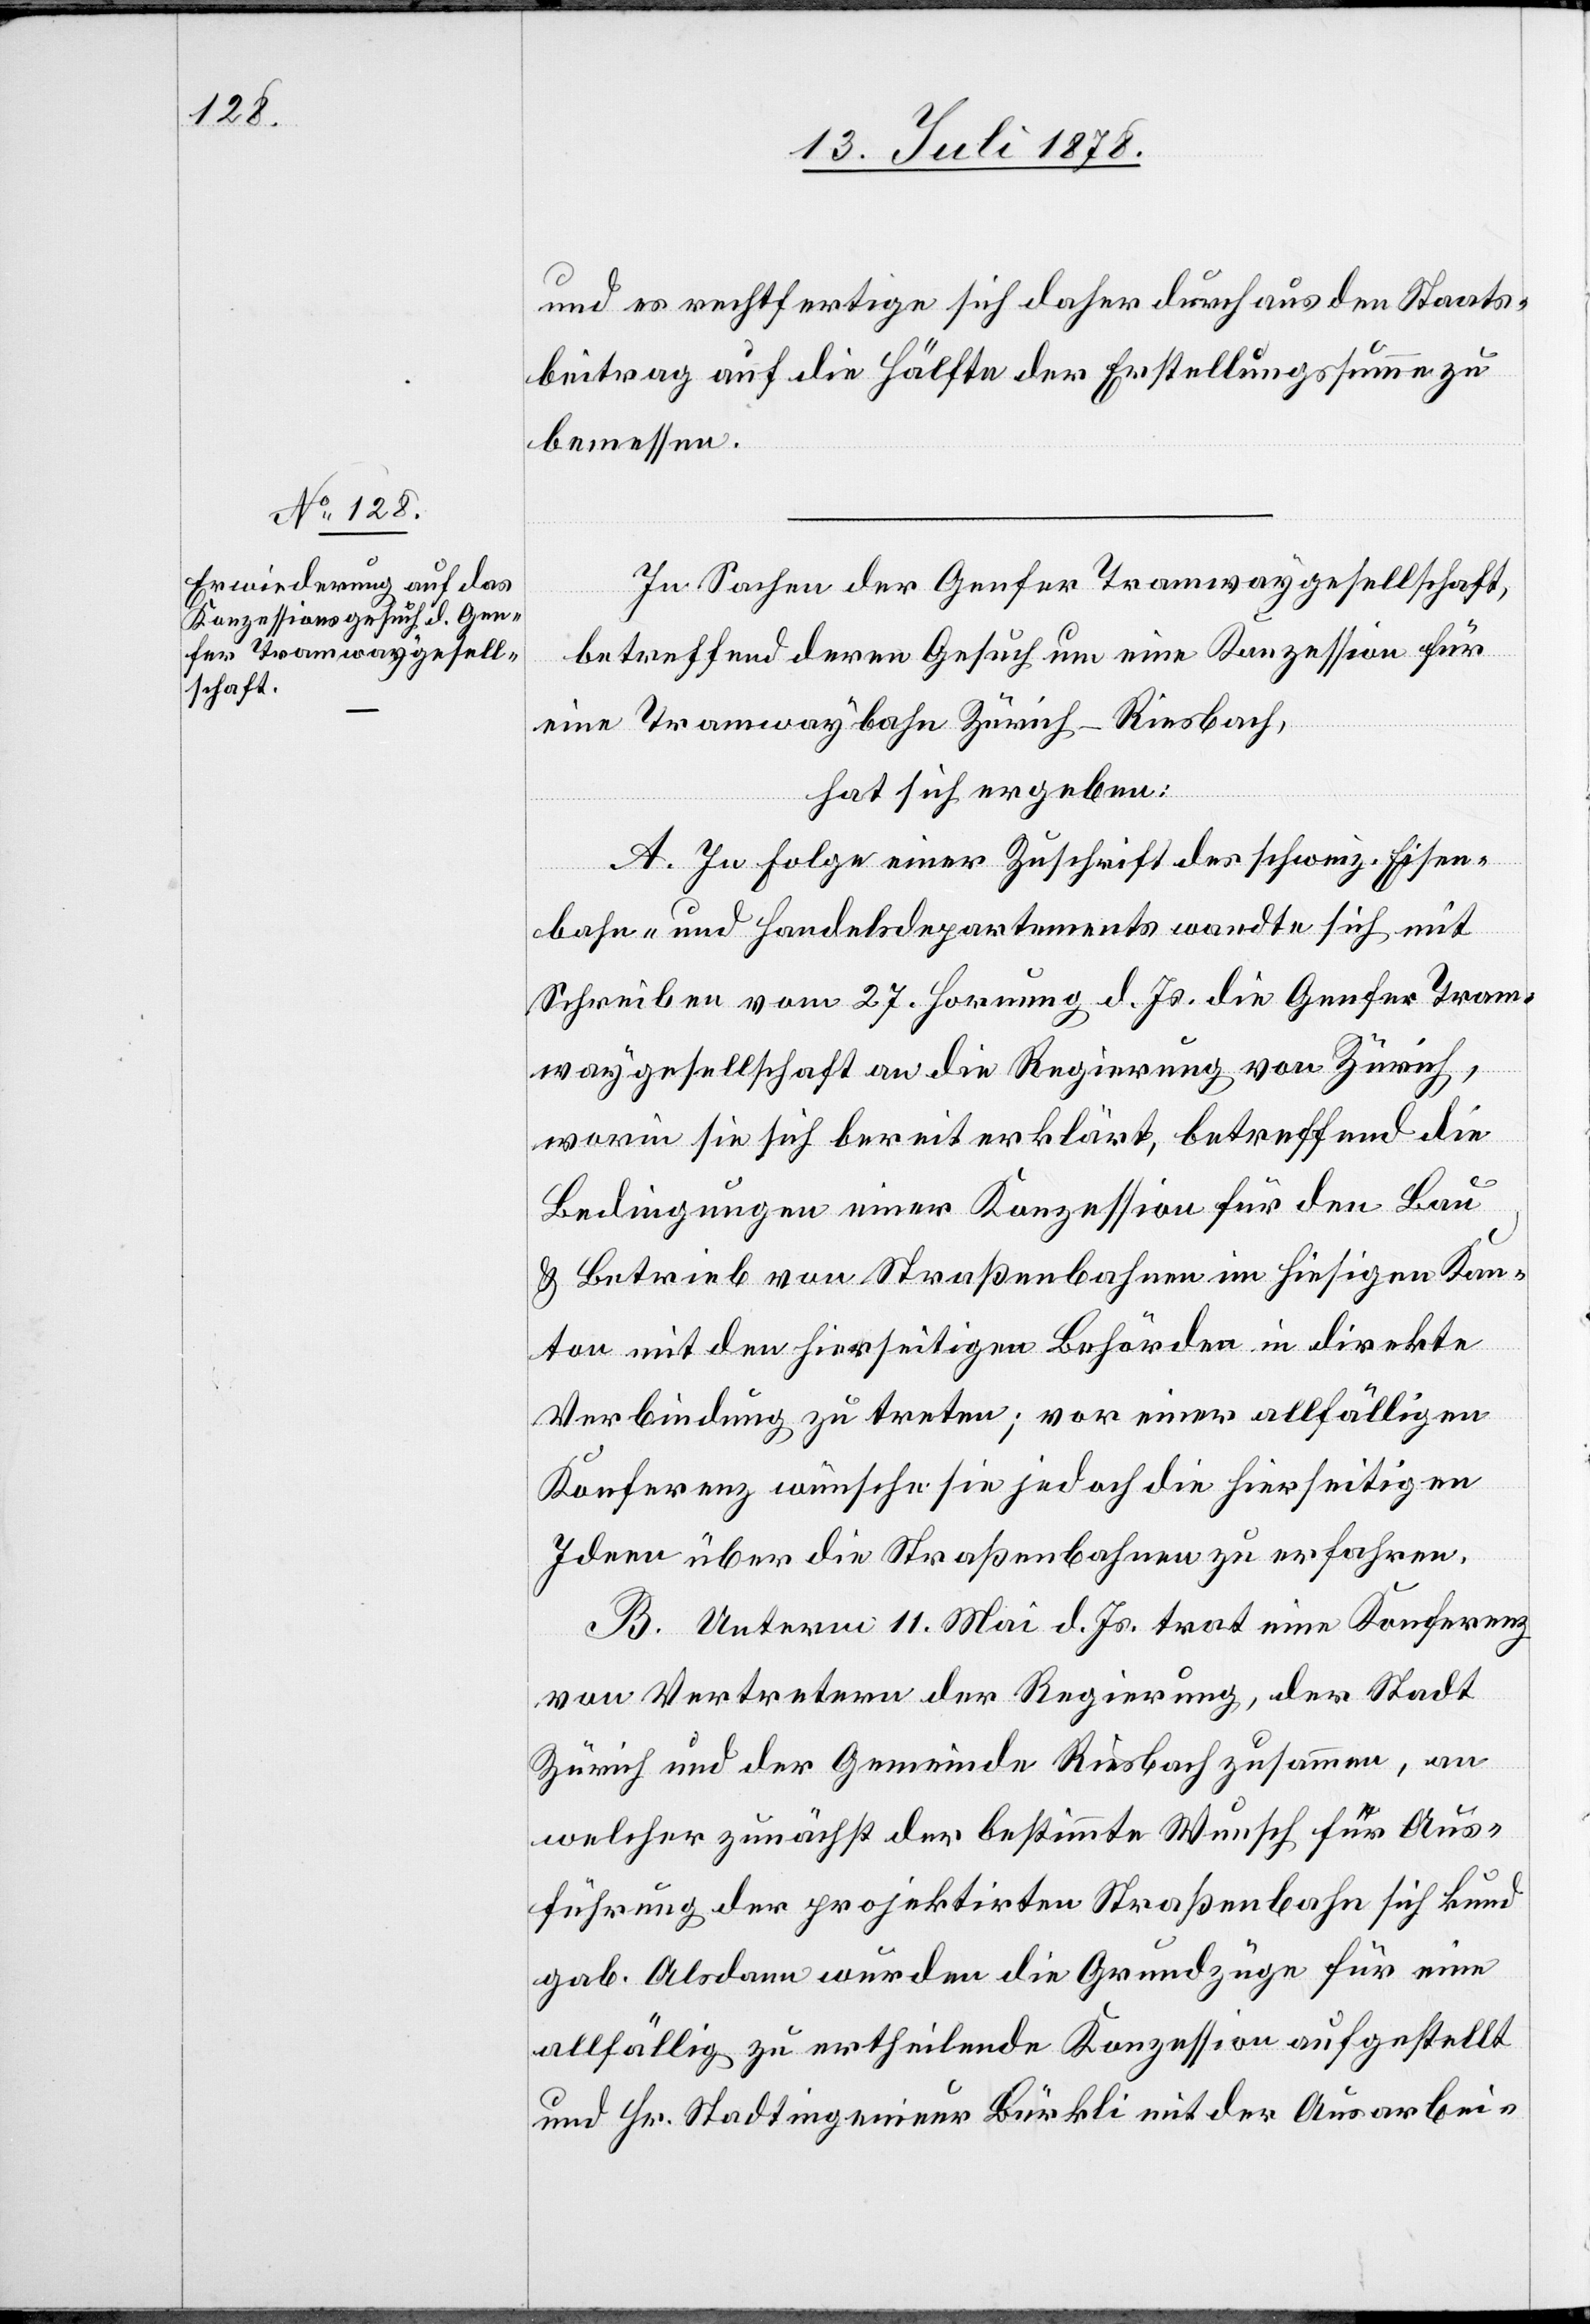
und es rechtfertige sich daher durchaus den Staats¬
beitrag auf die Hälfte der Erstellungssumme zu
bemessen.
In Sachen der Genfer Tramwaygesellschaft,
betreffend deren Gesuch um eine Konzession für
eine Tramwaybahn Zürich–Riesbach,
hat sich ergeben:
A. In Folge einer Zuschrift des schweiz. Eisen¬
bahn- und Handelsdepartements wandte sich mit
Schreiben vom 27. Hornung d. Js. die Genfer Tram¬
waygesellschaft an die Regierung von Zürich,
worin sie sich bereit erklärt, betreffend die
Bedingungen einer Konzession für den Bau
& Betrieb von Straßenbahnen im hiesigen Kan¬
ton mit den hierseitigen Behörden in direkte
Verbindung zu treten; vor einer allfälligen
Konferenz wünsche sie jedoch die hierseitigen
Ideen über die Straßenbahnen zu erfahren.
B. Unterm 11. Mai d. Js. trat eine Konferenz
von Vertretern der Regierung, der Stadt
Zürich und der Gemeinde Riesbach zusammen, an
welcher zunächst der bestimmte Wunsch für Aus¬
führung der projektirten Straßenbahn sich kund
gab. Alsdann wurden die Grundzüge für eine
allfällig zu ertheilende Konzession aufgestellt
und Hr. Stadtingenieur Bürkli mit der Ausarbei-